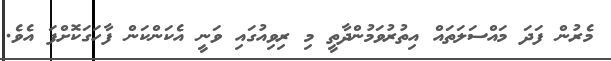
މެރުން ފަދަ މައްސަލަތައް އިތުރުވަމުންދާތީ މި ރިވިއުގައި ވަނީ އެކަންކަން ފާހަގަކޮށްފަ އެވެ.